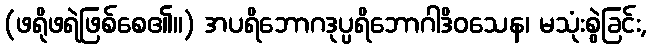
(ဖရိုဖရဲဖြစ်စေ၏။) အပရိဘောဂဒုပ္ပရိဘောဂါဒိဝသေန၊ မသုံးစွဲခြင်း,